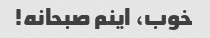
خوب، اینم صبحانه!